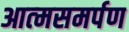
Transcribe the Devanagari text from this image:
आत्‍मसमर्पण